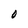
Character: O